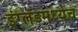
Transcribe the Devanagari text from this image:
इंग्लंडमध्येच